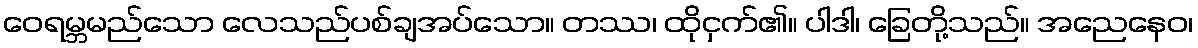
ဝေရမ္ဘမည်သော လေသည်ပစ်ချအပ်သော။ တဿ၊ ထိုငှက်၏။ ပါဒါ၊ ခြေတို့သည်။ အညေနေဝ၊